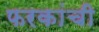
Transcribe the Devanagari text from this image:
फरकांची